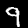
Label: 9